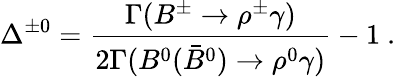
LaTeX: \Delta^{\pm 0}=\frac{\Gamma(B^{\pm}\to\rho^{\pm}\gamma)}{2\Gamma(B^{0}(\bar{B}^{0})\to\rho^{0}\gamma)}-1~.